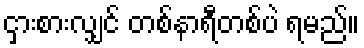
ငှားစားလျှင် တစ်နာရီတစ်ပဲ ရမည်။